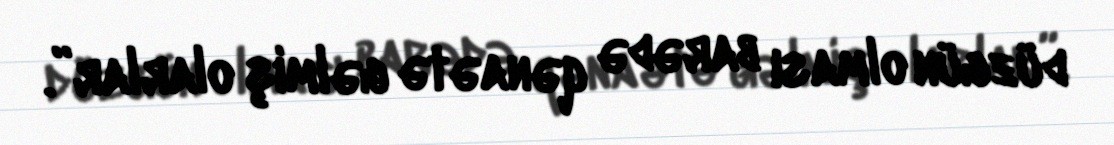
düzgün olması barədə qənaətə gəlmiş olarlar”.